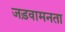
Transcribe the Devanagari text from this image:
जड़वामनता